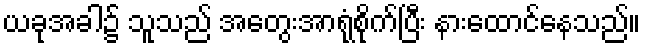
ယခုအခါ၌ သူသည် အတွေးအာရုံစိုက်ပြီး နားထောင်နေသည်။